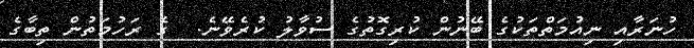
ހުނަރާއި ނިއުމަތްތަކުގެ ބޭނުން ކުރިގޮތުގެ ސުވާލު ކުރެވޭނެ.  ގެ ރަހުމަތުން ތިބާގެ